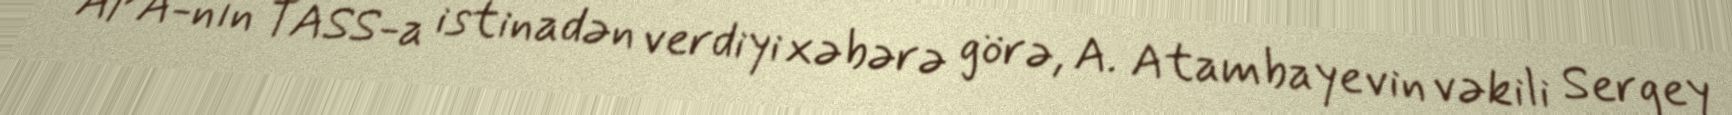
APA-nın TASS-a istinadən verdiyi xəbərə görə, A. Atambayevin vəkili Sergey